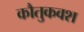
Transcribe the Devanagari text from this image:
कौतुकवश